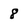
Character: 8